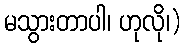
မသွားတာပါ၊ ဟုလို၊)